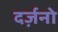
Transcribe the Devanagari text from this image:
दर्ज़नो